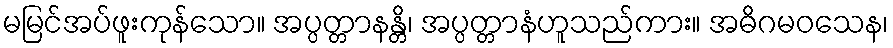
မမြင်အပ်ဖူးကုန်သော။ အပ္ပတ္တာနန္တိ၊ အပ္ပတ္တာနံဟူသည်ကား။ အဓိဂမဝသေန၊